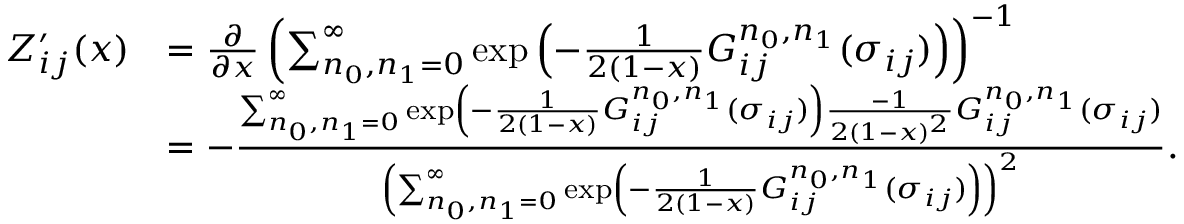
\begin{array} { r l } { Z _ { i j } ^ { \prime } ( x ) } & { = \frac { \partial } { \partial x } \left( \sum _ { n _ { 0 } , n _ { 1 } = 0 } ^ { \infty } \exp \left( - \frac { 1 } { 2 ( 1 - x ) } G _ { i j } ^ { n _ { 0 } , n _ { 1 } } ( \sigma _ { i j } ) \right) \right) ^ { - 1 } } \\ & { = - \frac { \sum _ { n _ { 0 } , n _ { 1 } = 0 } ^ { \infty } \exp \left( - \frac { 1 } { 2 ( 1 - x ) } G _ { i j } ^ { n _ { 0 } , n _ { 1 } } ( \sigma _ { i j } ) \right) \frac { - 1 } { 2 ( 1 - x ) ^ { 2 } } G _ { i j } ^ { n _ { 0 } , n _ { 1 } } ( \sigma _ { i j } ) } { \left( \sum _ { n _ { 0 } , n _ { 1 } = 0 } ^ { \infty } \exp \left( - \frac { 1 } { 2 ( 1 - x ) } G _ { i j } ^ { n _ { 0 } , n _ { 1 } } ( \sigma _ { i j } ) \right) \right) ^ { 2 } } . } \end{array}